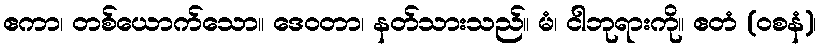
ဧကာ၊ တစ်ယောက်သော။ ဒေဝတာ၊ နတ်သားသည်။ မံ၊ ငါဘုရားကို။ ဧတံ (ဝစနံ)၊